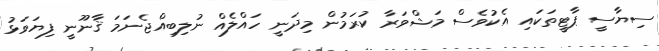
ސިޔާސީ ޕާޓީތަކައި އެކުވެސް މަޝްވަރާ ކުރަމުން މިދަނީ ހައްލެއް ނުލިބިއްޖެނަމަ ޤާނޫނީ ފިޔަވަޅު